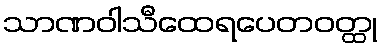
သာဏဝါသီထေရပေတဝတ္ထု